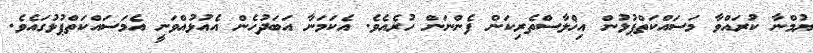
ޔުމްނާ ކުރައްވާ މަސައްކަތްޕުޅުން އިޚްލާސްތެރިކަން ފެންނަން ހުރެއެވެ. އެކަމަނާ އަބަދުހެން އެއުޅުއްވަނީ އެމަސައްކަތްޕުޅުގައެވެ.